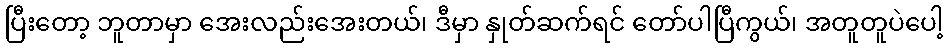
ပြီးတော့ ဘူတာမှာ အေးလည်းအေးတယ်၊ ဒီမှာ နှုတ်ဆက်ရင် တော်ပါပြီကွယ်၊ အတူတူပဲပေါ့